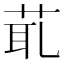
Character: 𦯍